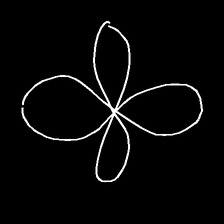
Glyph: billowing